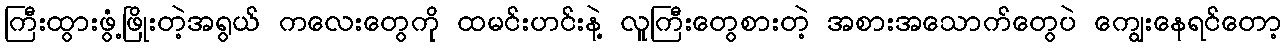
ကြီးထွားဖွံ့ဖြိုးတဲ့အရွယ် ကလေးတွေကို ထမင်းဟင်းနဲ့ လူကြီးတွေစားတဲ့ အစားအသောက်တွေပဲ ကျွေးနေရင်တော့